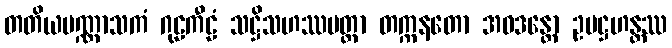
တတိယပဏ္ဏာသကံ ဂုဠကီဠံ သဋ္ဌိသဟဿမတ္တာ တက္ကနတော အဝဒန္တော ဥပဋ္ဌဟန္တဿ